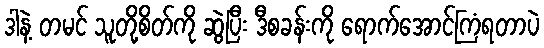
ဒါနဲ့ တမင် သူတို့စိတ်ကို ဆွဲပြီး ဒီစခန်းကို ရောက်အောင်ကြံရတာပဲ